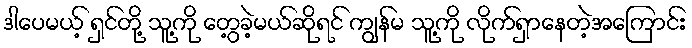
ဒါပေမယ့် ရှင်တို့ သူ့ကို တွေ့ခဲ့မယ်ဆိုရင် ကျွန်မ သူ့ကို လိုက်ရှာနေတဲ့အကြောင်း